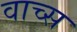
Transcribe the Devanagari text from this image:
वाच्स